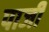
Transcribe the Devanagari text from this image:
पार्जी